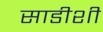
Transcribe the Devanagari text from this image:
साडीशी